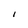
Character: I